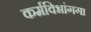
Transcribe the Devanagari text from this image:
कर्मविभांगगा